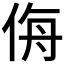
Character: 𰂉